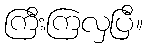
ကြီးကြလှပြီ။